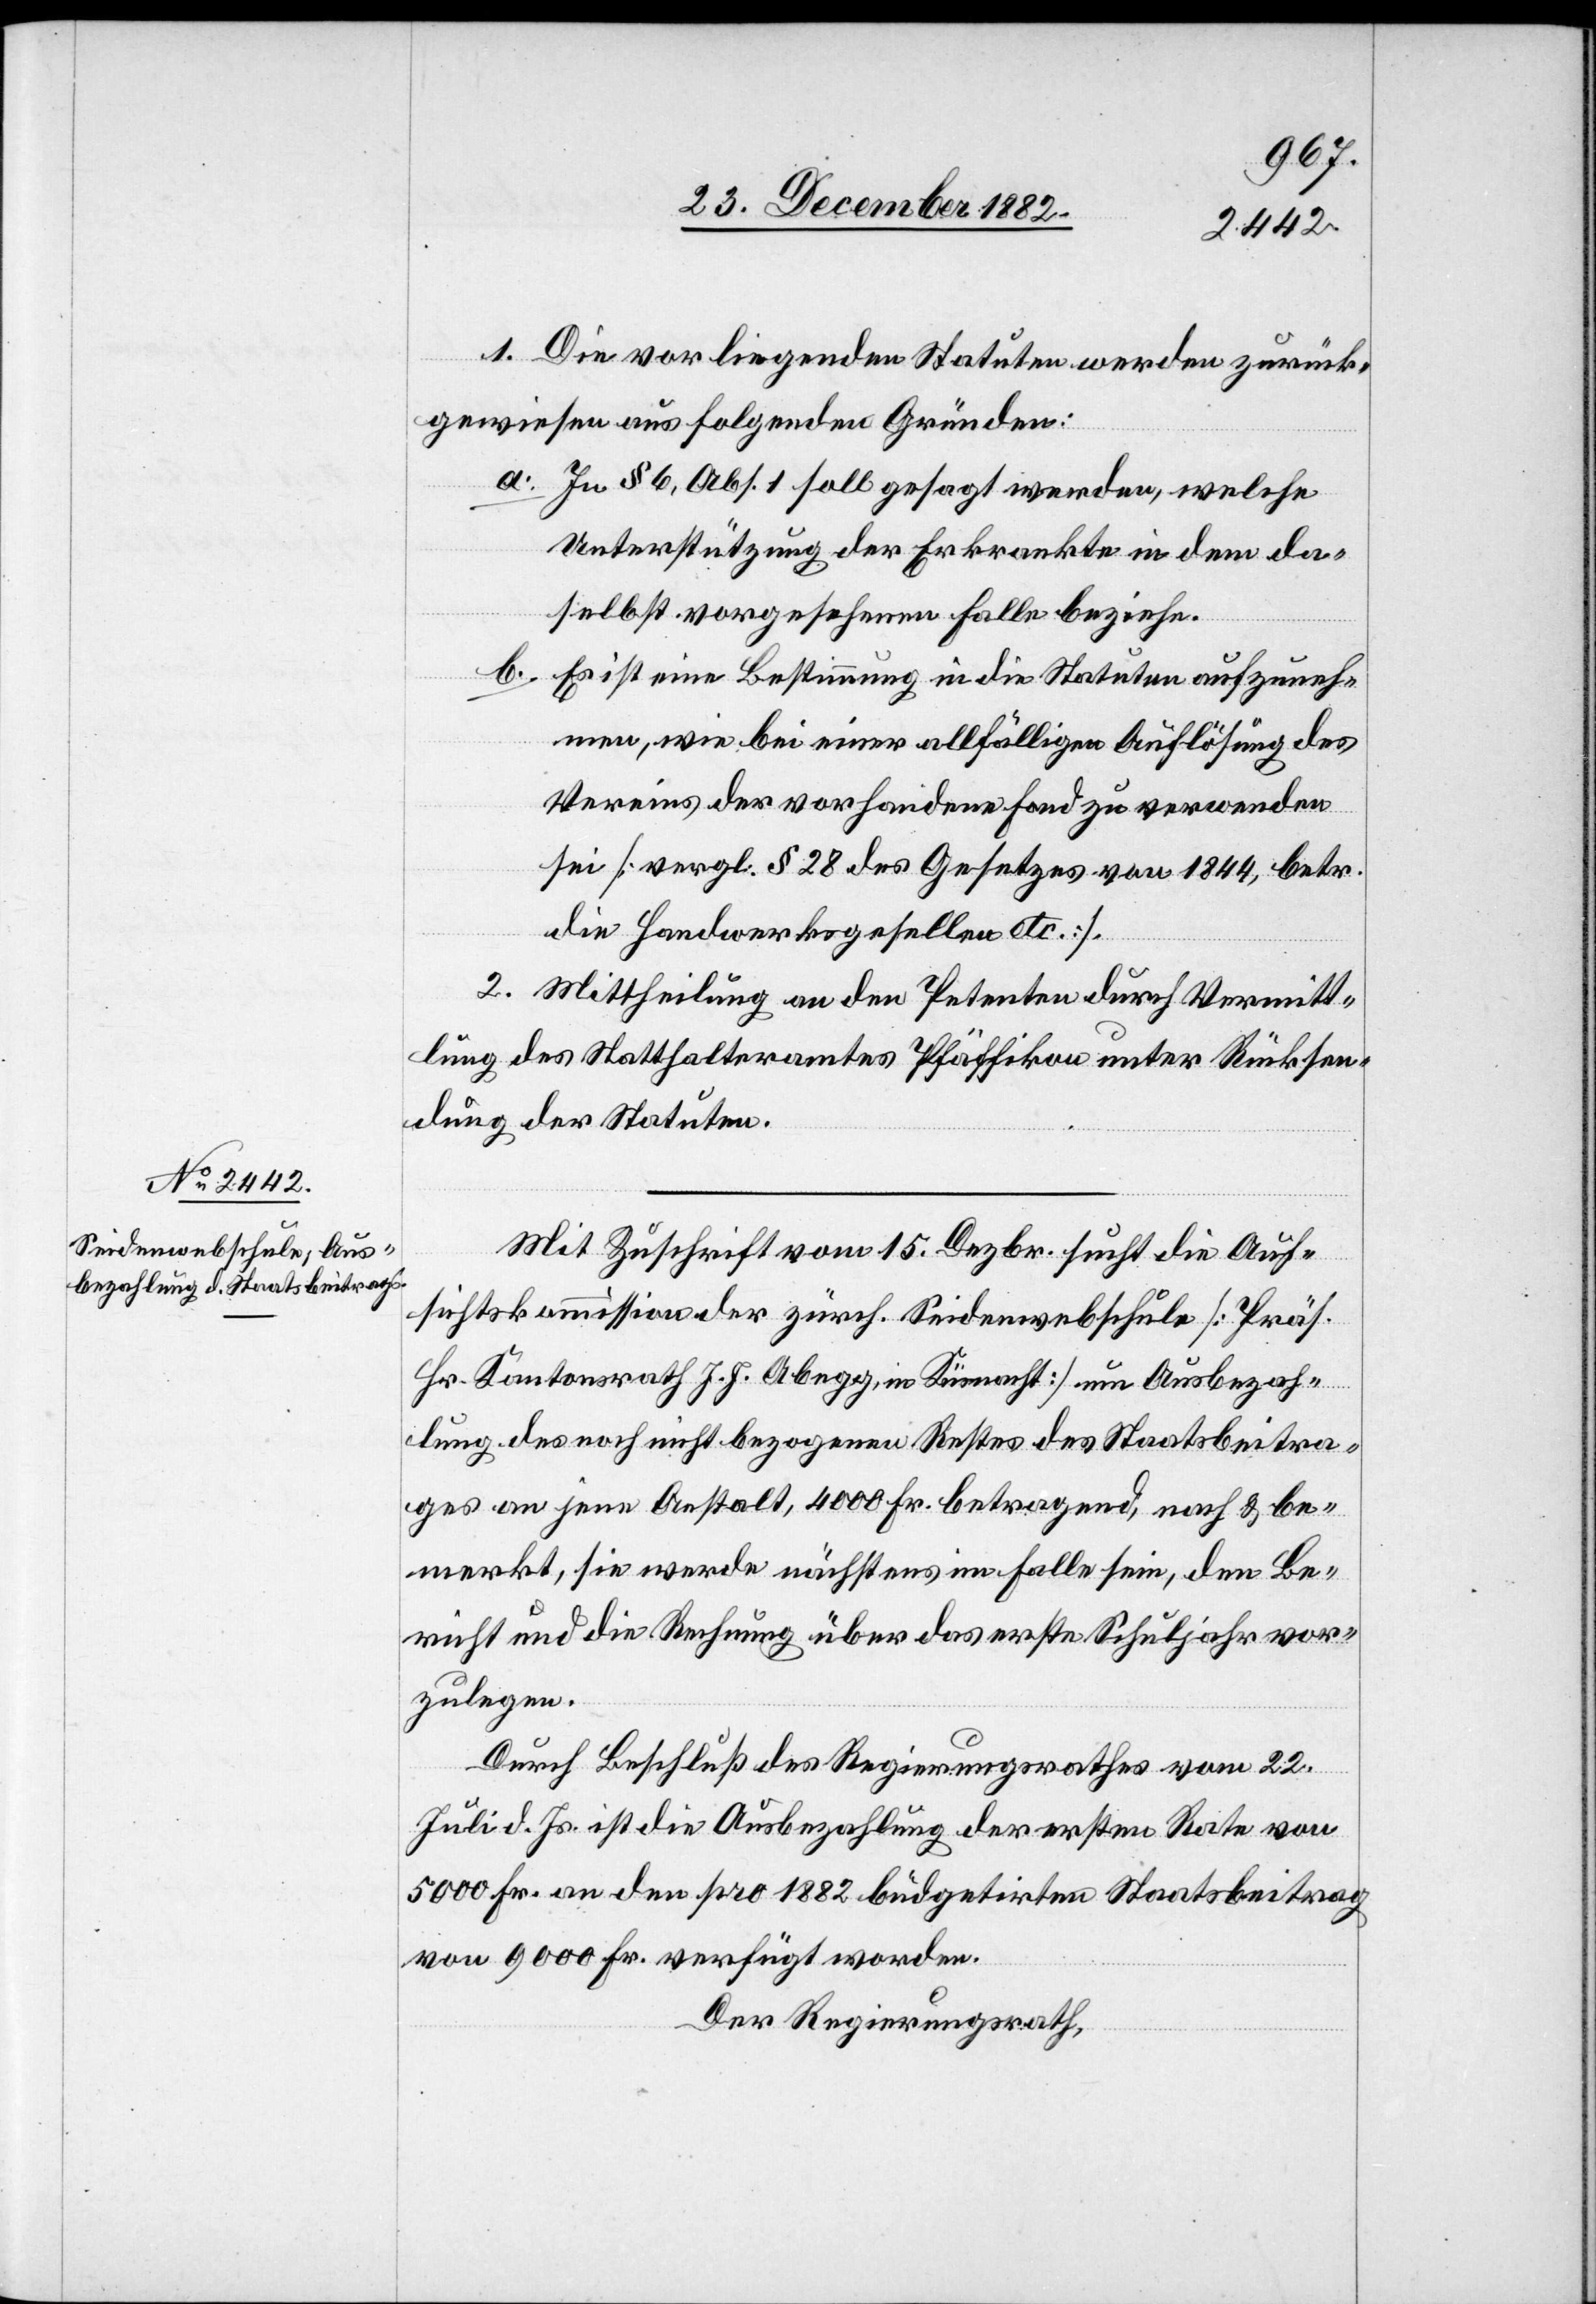
1. Die vorliegenden Statuten werden zurück¬
gewiesen aus folgenden Gründen:
a. In § 6, Abs. 1 soll gesagt werden, welche
Unterstützung der Erkrankte in dem da¬
selbst vorgesehenen Falle beziehe.
b. Es ist eine Bestimmung in die Statuten aufzuneh¬
men, wie bei einer allfälligen Auflösung des
Vereins der vorhandene Fond zu verwenden
sei [vergl. § 28 des Gesetzes von 1844, betr.
die Handelswerksgesellen etc.].
2. Mittheilung an den Petenten durch Vermitt¬
lung des Statthalteramtes Pfäffikon unter Rücksen¬
dung der Statuten.
Mit Zuschrift vom 15. Dezbr. sucht die Auf¬
sichtskommission der zürch. Seidenwebschule [Präs.
Hr. Kantonsrath J. J. Abegg, in Küsnacht] um Ausbezah¬
lung des noch nicht bezogenen Restes des Staatsbeitra¬
ges an jene Anstalt, 4000 Fr. betragend, nach & be¬
merkt, sie werde nächstens im Falle sein, den Be¬
richt und die Rechnung über das erste Schuljahr vor¬
zulegen.
Durch Beschluß des Regierungsrathes vom 22.
Juli d. Js. ist die Ausbezahlung der ersten Rate von
5000 Fr. an den pro 1882 büdgetirten Staatsbeitrag
von 9000 Fr. verfügt worden.
Der Regierungsrath,